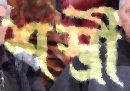
শস্ত্রী